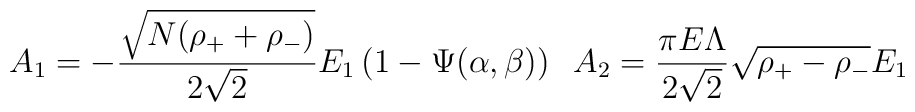
A_1= -\frac{\sqrt{N (\rho_+ + \rho_-)}}{2 \sqrt 2}E_1 \left(1 - \Psi(\alpha,\beta)\right) \;\; A_2 = \frac{\pi E \Lambda}{2\sqrt2}\sqrt {\rho_+ -\rho_-} E_1